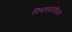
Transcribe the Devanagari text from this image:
किफ़ायतीपन